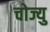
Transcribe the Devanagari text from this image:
चोज्यु